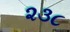
૨૩૮